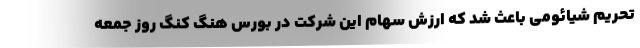
تحریم شیائومی باعث شد که ارزش سهام این شرکت در بورس هنگ کنگ روز جمعه